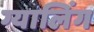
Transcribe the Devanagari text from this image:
ग्यालिंग